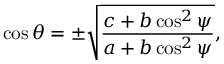
\cos \theta = \pm \sqrt { \frac { c + b \cos ^ { 2 } \psi } { a + b \cos ^ { 2 } \psi } } ,